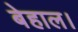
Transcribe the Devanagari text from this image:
बेहाल।